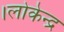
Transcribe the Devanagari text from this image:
।लोकेन्द्र